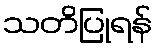
သတိပြုရန်